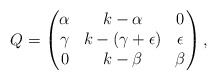
\begin{align*}Q=\begin{pmatrix}\alpha & k-\alpha & 0\\\gamma & k-(\gamma+\epsilon) & \epsilon\\0 & k-\beta & \beta\end{pmatrix},\end{align*}